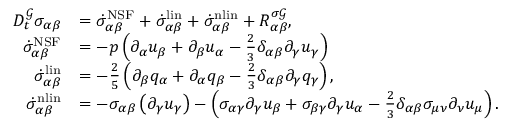
\begin{array} { r l } { D _ { t } ^ { \mathcal { G } } \sigma _ { \alpha \beta } } & { = \dot { \sigma } _ { \alpha \beta } ^ { \mathrm { N S F } } + \dot { \sigma } _ { \alpha \beta } ^ { \mathrm { l i n } } + \dot { \sigma } _ { \alpha \beta } ^ { \mathrm { n l i n } } + R _ { \alpha \beta } ^ { \sigma \mathcal { G } } , } \\ { \dot { \sigma } _ { \alpha \beta } ^ { \mathrm { N S F } } } & { = - p \left( \partial _ { \alpha } u _ { \beta } + \partial _ { \beta } u _ { \alpha } - \frac { 2 } { 3 } \delta _ { \alpha \beta } \partial _ { \gamma } u _ { \gamma } \right) } \\ { \dot { \sigma } _ { \alpha \beta } ^ { \mathrm { l i n } } } & { = - \frac { 2 } { 5 } \left( \partial _ { \beta } q _ { \alpha } + \partial _ { \alpha } q _ { \beta } - \frac { 2 } { 3 } \delta _ { \alpha \beta } \partial _ { \gamma } q _ { \gamma } \right) , } \\ { \dot { \sigma } _ { \alpha \beta } ^ { \mathrm { n l i n } } } & { = - \sigma _ { \alpha \beta } \left( \partial _ { \gamma } u _ { \gamma } \right) - \left( \sigma _ { \alpha \gamma } \partial _ { \gamma } u _ { \beta } + \sigma _ { \beta \gamma } \partial _ { \gamma } u _ { \alpha } - \frac { 2 } { 3 } \delta _ { \alpha \beta } \sigma _ { \mu \nu } \partial _ { \nu } u _ { \mu } \right) . } \end{array}